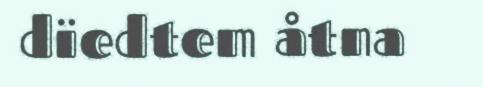
dïedtem åtna